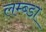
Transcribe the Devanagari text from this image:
लम्ब्डा